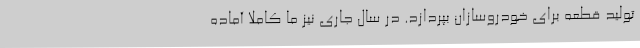
تولید قطعه برای خودروسازان بپردازد. در سال جاری نیز ما کاملا آماده